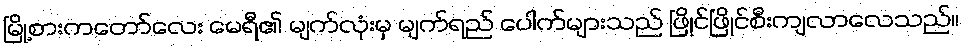
မြို့စားကတော်လေး မေရီ၏ မျက်လုံးမှ မျက်ရည် ပေါက်များသည် ဖြိုင်ဖြိုင်စီးကျလာလေသည်။